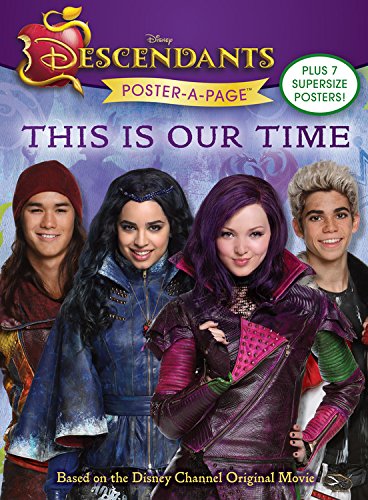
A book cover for Descendants Poster-A-Page: This is Our Time; Disney; Children's Books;